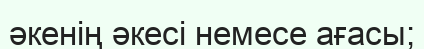
әкенің әкесі немесе ағасы;